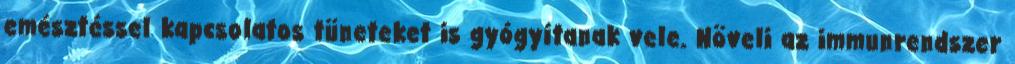
emésztéssel kapcsolatos tüneteket is gyógyítanak vele. Növeli az immunrendszer